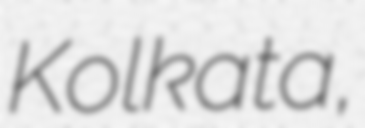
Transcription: Kolkata,